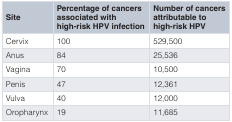
<table><thead><tr><td><b>Site</b></td><td><b>Percentage of cancersassociated withhigh-risk HPV infection</b></td><td><b>Number of cancersattributable tohigh-risk HPV</b></td></tr></thead><tbody><tr><td>Cervix</td><td>100</td><td>529,500</td></tr><tr><td>Anus</td><td>84</td><td>25,536</td></tr><tr><td>Vagina</td><td>70</td><td>10,500</td></tr><tr><td>Penis</td><td>47</td><td>12,361</td></tr><tr><td>Vulva</td><td>40</td><td>12,000</td></tr><tr><td>Oropharynx</td><td>19</td><td>11,685</td></tr></tbody></table>